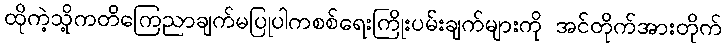
ထိုကဲ့သို့ကတိကြေညာချက်မပြုပါကစစ်ရေးကြိုးပမ်းချက်များကို အင်တိုက်အားတိုက်